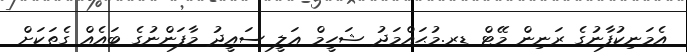
އެމަނިކުފާނުގެ ރަނިން މޭޓް ޑރ.މުޙައްމަދު ޝަހީމް ޢަލީ ސައީދު މާފަންނުގެ ބައެއް ގެތަކަށް